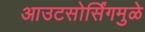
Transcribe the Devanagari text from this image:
आउटसोर्सिंगमुळे